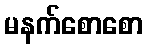
မနက်စောစော